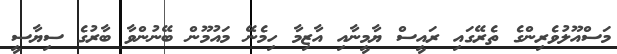
މަސްއޫލުވެރިންގެ ތެރޭގައި ރައީސް ޔާމީނާއި އާޒިމާ ހިމެނޭ މައުމޫން ބޭނުންވާ ބާރުގެ ސިޔާސީ